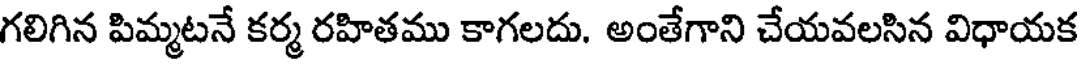
గలిగిన పిమ్మటనే కర్మ రహితము కాగలదు. అంతేగాని చేయవలసిన విధాయక